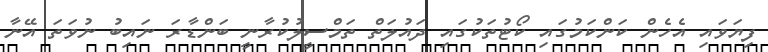
ފިޔަވައި އެހެން ކަންކަމުގައި ކޯޓުތަކުގައި ދައުލަތް ތަމްސީލުކުރާނީ ބަންޑާރަ ނައިބު ނުވަތަ އޭނާ